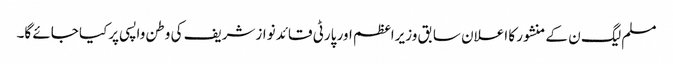
مسلم لیگ ن کے منشور کا اعلان سابق وزیراعظم اور پارٹی قائد نوازشریف کی وطن واپسی پرکیا جائے گا۔